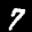
Label: 7